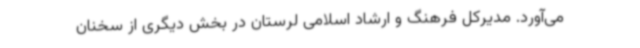
می‌آورد. مدیرکل فرهنگ و ارشاد اسلامی لرستان در بخش دیگری از سخنان